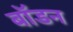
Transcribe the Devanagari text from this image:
बॉडन